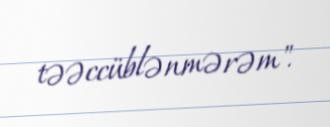
təəccüblənmərəm".